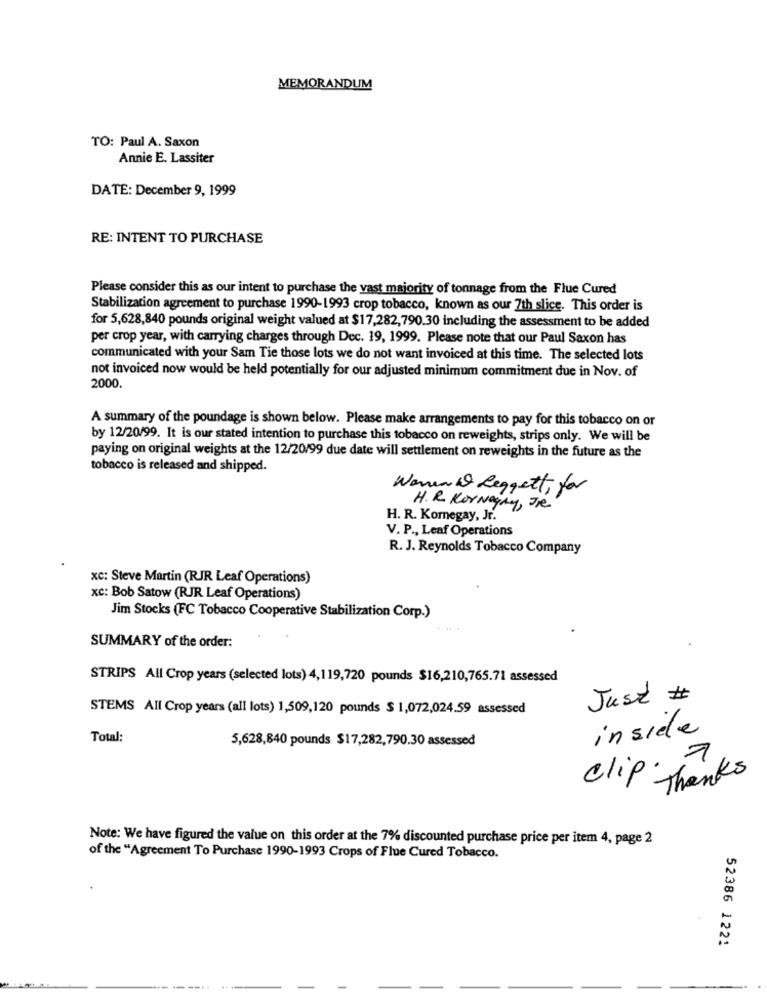
MEMORANDUM
TO: Paul A. Saxon
Annie E. Lassiter
DATE: December 9, 1999
RE: INTENT TO PURCHASE
Please consider this as our intent to purchase the vast majority of tonnage from the Flue Cured
Stabilization agreement to purchase 1990-1993 crop tobacco, known as our 7th slice. This order is
for 5,628,840 pounds original weight valued at $17,282,790.30 including the assessment to be added
per crop year, with carrying charges through Dec. 19, 1999. Please note that our Paul Saxon has
communicated with your Sam Tie those lots we do not want invoiced at this time. The selected lots
not invoiced now would be held potentially for our adjusted minimum commitment due in Nov. of
2000.
A summary of the poundage is shown below. Please make arrangements to pay for this tobacco on or
by 12/20/99. It is our stated intention to purchase this tobacco on reweights, strips only. We will be
paying on original weights at the 12/20/99 due date will settlement on reweights in the future as the
tobacco is released and shipped.
Waren w Reggelt, for
H. R. KorNagry, JR
H. R. Komnegay, Jr.
V. P ., Leaf Operations
R. J. Reynolds Tobacco Company
XC: Steve Martin (RJR Leaf Operations)
xc: Bob Satow (RJR Leaf Operations)
Jim Stocks (FC Tobacco Cooperative Stabilization Corp.)
SUMMARY of the order:
STRIPS All Crop years (selected lots) 4,119,720 pounds $16,210,765.71 assessed
Just #
STEMS All Crop years (all lots) 1,509,120 pounds $ 1,072,024.59 assessed
inside
Total:
5,628,840 pounds $17,282,790.30 assessed
clip Thanks
Note: We have figured the value on this order at the 7% discounted purchase price per item 4, page 2
of the "Agreement To Purchase 1990-1993 Crops of Flue Cured Tobacco.
52386 1221